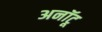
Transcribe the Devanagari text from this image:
अनॉटू